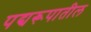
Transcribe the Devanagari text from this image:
पद्यरूपातील